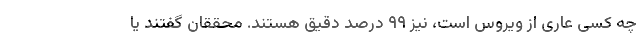
چه کسی عاری از ویروس است، نیز ۹۹ درصد دقیق هستند. محققان گفتند یا